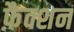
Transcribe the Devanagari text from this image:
फ़ैक्शन